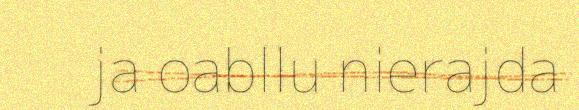
ja oabllu nierajda